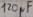
Text: 120µF